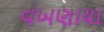
વખણાયા